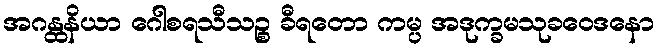
အဂန္ထနိယာ ဂေါစရသီသဉ္စ ခီရတော ကမ္ပ အဒုက္ခမသုခဝေဒနော